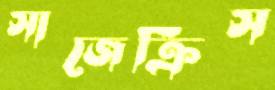
সাজেক্রিস